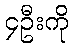
၄ဦးကို